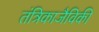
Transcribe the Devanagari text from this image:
तंत्रिकाजैविकी